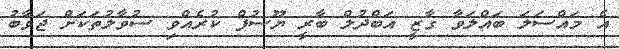
އެ މައްސަލަ ބައްލަވާ ގާޒީ އަބްދުލް ބާރީ ޔޫސުފް ކުރެއްވި ސުވާލުތަކަށް ޖަވާބު